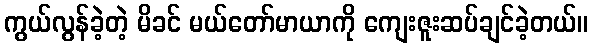
ကွယ်လွန်ခဲ့တဲ့ မိခင် မယ်တော်မာယာကို ကျေးဇူးဆပ်ချင်ခဲ့တယ်။